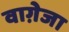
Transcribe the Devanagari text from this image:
वाग़ेजा